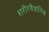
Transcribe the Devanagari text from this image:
शरीरवैज्ञानिक